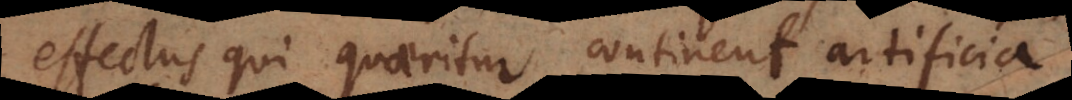
effectus qui quaeritur continent artificia